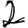
Digit: 2